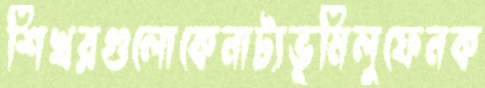
শিখরগুলোকেনাট্যভূমিলুফেনক